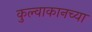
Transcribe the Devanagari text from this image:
कुल्वाकानच्या